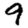
Digit: 9